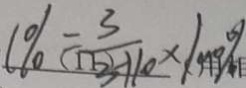
1 \% = \frac { 3 } { 3 - 1 1 0 } \times 1 0 0 \%